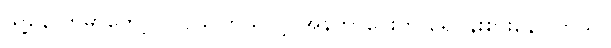
သူ့နောက်မှာတော့ လူငယ်ကြယ်ပွင့် အန်ဘာပေးက ရေပန်းစားနေပါတယ်။